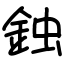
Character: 鉵